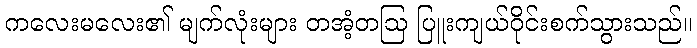
ကလေးမလေး၏ မျက်လုံးများ တအံ့တဩ ပြူးကျယ်ဝိုင်းစက်သွားသည်။